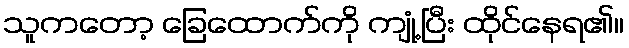
သူကတော့ ခြေထောက်ကို ကျုံ့ပြီး ထိုင်နေရ၏။